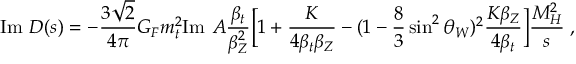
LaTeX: \mathrm { I m } \ D ( s ) = - { \frac { 3 \sqrt { 2 } } { 4 \pi } } G _ { F } m _ { t } ^ { 2 } \mathrm { I m \ } A { \frac { \beta _ { t } } { \beta _ { Z } ^ { 2 } } } \Bigl [ 1 + { \frac { K } { 4 \beta _ { t } \beta _ { Z } } } - ( 1 - { \frac { 8 } { 3 } } \sin ^ { 2 } \theta _ { W } ) ^ { 2 } { \frac { K \beta _ { Z } } { 4 \beta _ { t } } } \Bigr ] { \frac { M _ { H } ^ { 2 } } { s } } \; ,